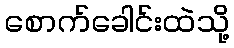
စောက်ခေါင်းထဲသို့